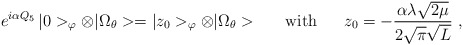
\begin{align*}e^{i\alpha Q_5}\,|0>_\varphi\otimes|\Omega_\theta>=|z_0>_\varphi\otimes|\Omega_\theta>\ \ \ \ \ {\rm with}\ \ \ \ \ z_0=-\frac{\alpha\lambda\sqrt{2\mu}}{2\sqrt{\pi}\sqrt{L}}\ ,\end{align*}